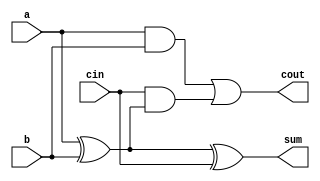
module full_adder_bm(
input a,b,cin,
output reg sum,cout
    );
    always@(*);
    initial begin
    sum = a^b^cin;
    cout = (a & b)|(cin & (a^b));
    end
endmodule